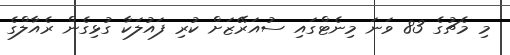
މި މެޗުގެ 83 ވަނަ މިނެޓްގައި ސުއަރޭޒަށް ކުރި ފައުލަކާ ގުޅިގެން ރެއާލްގެ